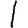
Digit: 1